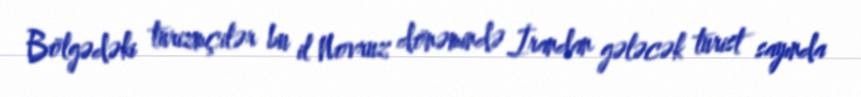
Bölgədəki turizmçilər bu il Novruz dönəmində İrandan gələcək turist sayında